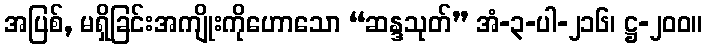
အပြစ်, မရှိခြင်းအကျိုးကိုဟောသော “ဆန္ဒသုတ်” အံ-၃-ပါ-၂၁၆၊ ဋ္ဌ-၂၀၀။